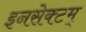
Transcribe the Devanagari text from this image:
इनसेक्टम्‌